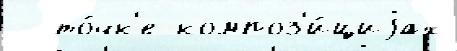
  то́чк'е композ'и́циjах